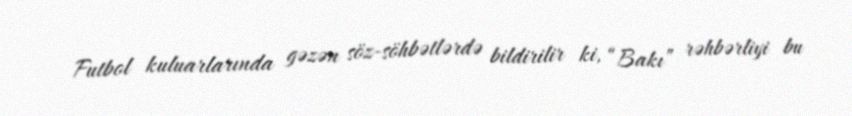
Futbol kuluarlarında gəzən söz-söhbətlərdə bildirilir ki, “Bakı” rəhbərliyi bu